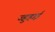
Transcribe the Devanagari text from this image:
ज्हुहाई